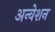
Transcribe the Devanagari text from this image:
अन्वेशन